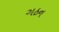
ગઠન